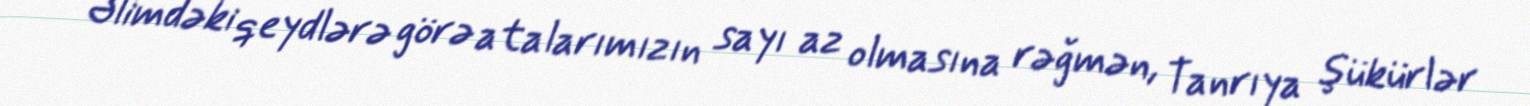
Əlimdəki qeydlərə görə atalarımızın sayı az olmasına rəğmən, Tanrıya şükürlər